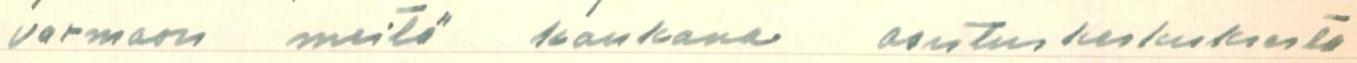
varmaan meitä kaukana asutuskeskuksesta